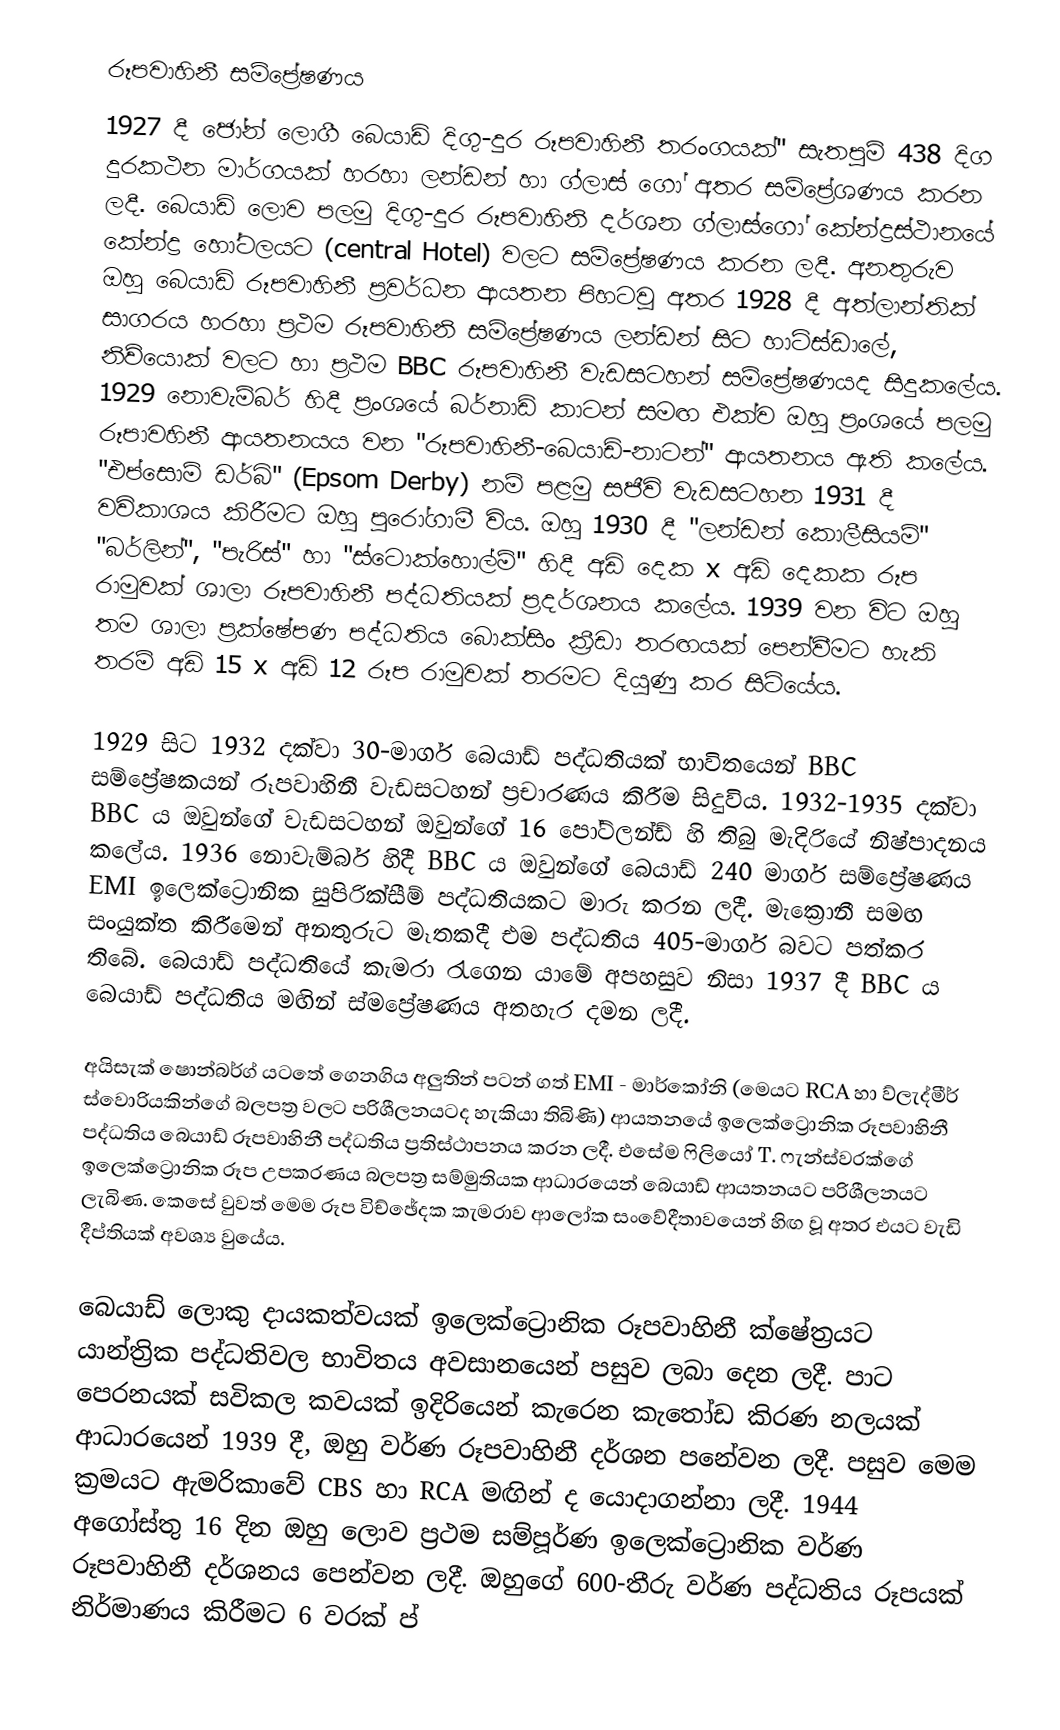
රූපවාහිනී සම්ප්‍රේෂණය
1927 දී ජෝන් ලොගී බෙයාඩ් දිගු-දුර රූපවාහිනී තරංගයක්"  සැතපුම් 438 දිග දුරකථන මාර්ගයක් හරහා ලන්ඩන් හා ග්ලාස් ගෝ අතර සම්ප්‍රේශණය කරන ලදී. බෙයාඩ් ලොව පලමු දිගු-දුර රූපවාහිනි දර්ශන ග්ලාස්ගෝ කේන්ද්‍රස්ථානයේ කේන්ද්‍ර ‍හෝටලයට (central Hotel) වලට සම්ප්‍රේෂණය කරන ලදී. අනතුරුව ඔහු බෙයාඩ් රූපවාහිනී ප්‍රවර්ධන ආයතන පිහටවූ අතර 1928 දී අත්ලාන්තික් සාගරය හරහා ප්‍රථම රූපවාහිනි සම්ප්‍රේෂණය ලන්ඩන් සිට හාට්ස්ඩාලේ, නිව්යොක් වලට හා ප්‍රථම BBC රූපවාහිනී වැඩසටහන් සම්ප්‍රේෂණයද සිදුකලේය. 1929 නොවැම්බර් හිදී ප්‍රංශයේ බර්නාඩ් කාටන් සමඟ  එක්ව ඔහු ප්‍රංශයේ පලමු රූපාවහිනී ආයතනයය වන "රූපවාහිනී-බෙයාඩ්-නාටන්" ආයතනය ඇති කලේය. "එප්සොම් ඩර්බි" (Epsom Derby) නම් පළමු සජීවි වැඩසටහන 1931 දී වවිකාශය කිරීමට ඔහු පුරෝගාමී විය. ඔහු 1930 දී "ලන්ඩන් කොලීසියම්" "බර්ලින්", "පැරිස්" හා "ස්ටොක්හොල්ම්" හිදී අඩි දෙක x අඩි දෙකක රූප රාමුවක් ශාලා රූපවාහිනී පද්ධතියක් ප්‍රදර්ශනය කලේය. 1939 වන විට ඔහු තම ශාලා ප්‍රක්ෂේපණ පද්ධතිය බොක්සිං ක්‍රීඩා තරඟයක් පෙන්වීමට හැකි තරම් අඩි 15 x අඩි 12 රූප රාමුවක් තරමට දියුණු කර සිටියේය.

1929 සිට 1932 දක්වා 30-මාර්ග බෙයාඩ් පද්ධතියක් භාවිතයෙන් BBC සම්ප්‍රේෂකයන් රූපවාහිනී වැඩසටහන් ප්‍රචාරණය කිරීම සිදුවිය. 1932-1935 දක්වා BBC ය ඔවුන්ගේ වැඩසටහන් ඔවුන්ගේ 16 පෝට්ලන්ඩ් හි තිබු මැදිරියේ නිෂ්පාදනය කලේය. 1936 නොවැම්බර් හිදී BBC ය ඔවුන්ගේ බෙයාඩ් 240 මාර්ග සම්ප්‍රේෂණය EMI ඉලෙක්ට්‍රොනික සුපිරික්සීම් පද්ධතියකට මාරු කරන ලදී. මැක්‍රොනී සමඟ සංයුක්ත කිරීමෙන් අනතුරුට මෑතකදී එම පද්ධතිය 405-මාර්ග බවට පත්කර තිබේ. බෙයාඩ් පද්ධතියේ කැමරා රැගෙන යාමේ අපහසුව නිසා 1937 දී BBC ය බෙයාඩ් පද්ධතිය මඟින් ස්මප්‍රේෂණය අතහැර දමන ලදී.

අයිසැක් ෂොන්‍බර්ග් යටතේ ගෙනගිය අලුතින් පටන් ගත් ‍EMI - මාර්කෝනි (මෙයට RCA හා ව්ලැද්මීර් ස්වොරියකින්ගේ බලපත්‍ර වලට පරිශීලනයටද හැකියා තිබිණි) ආයත‍නයේ ඉලෙක්ට්‍රොනික රූපවාහිනී පද්ධතිය බෙයාඩ් රූපවාහිනී පද්ධතිය ප්‍රතිස්ථාපනය කරන ලදී. එසේම ෆිලියෝ T. ෆැන්ස්වරක්ගේ ඉලෙක්ට්‍රොනික රූප උපකරණය බලපත්‍ර සම්මුතියක ආධාරයෙන් බෙයාඩ් ආයතනයට පරිශීලනයට ලැබිණ. කෙසේ වුවත් මෙම රූප වි‍ච්ඡේදක කැමරාව ආලෝක සංවේදීතාවයෙන් හිඟ වූ අතර එයට වැඩි දීප්තියක් අවශ්‍ය වුයේය.

බෙයාඩ් ලොකු දායකත්වයක් ඉලෙක්ට්‍රොනික රූපවාහිනී ක්ෂේත්‍රයට යාන්ත්‍රික පද්ධතිවල භාවිතය අවසානයෙන් පසුව ලබා දෙන ලදී. පාට පෙරනයක් සවිකල කවයක් ඉදිරියෙන් කැරෙන කැතෝඩ කිරණ නලයක් ආධාරයෙන්  1939 දී, ඔහු වර්ණ රූපවාහිනී දර්ශන පනේවන ලදී. පසුව මෙම ක්‍රමයට ඇමරිකාවේ CBS හා RCA මඟින් ද යොදාගන්නා ලදී. 1944 අගෝස්තු 16 දින ඔහු ලොව ප්‍රථම සම්පූර්ණ ඉලෙක්ට්‍රොනික වර්ණ රූපවාහිනී දර්ශනය‍ පෙන්වන ලදී. ඔහුගේ 600-තීරු වර්ණ පද්ධතිය රූපයක් නිර්මාණය කිරීමට 6 වරක් ප්‍